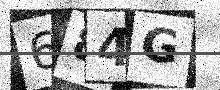
Text: 684G